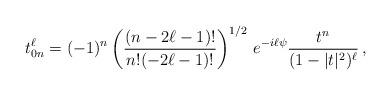
LaTeX: \begin{align*} t^\ell_{0n} = (-1)^n\left(\frac{(n-2\ell-1)!} {n!{(-2\ell-1)!}}\right)^{1/2}\, e^{-i\ell\psi} \frac{t^n}{(1-|t|^2)^\ell}\,,\end{align*}